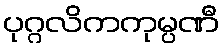
ပုဂ္ဂလိကကုမ္ပဏီ